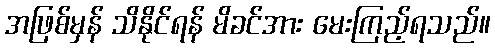
အဖြစ်မှန် သိနိုင်ရန် မိခင်အား မေးကြည့်ရသည်။